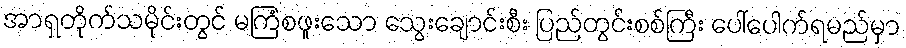
အာရှတိုက်သမိုင်းတွင် မကြံစဖူးသော သွေးချောင်းစီး ပြည်တွင်းစစ်ကြီး ပေါ်ပေါက်ရမည်မှာ